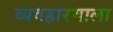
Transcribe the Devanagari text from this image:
व्यवहारमाला